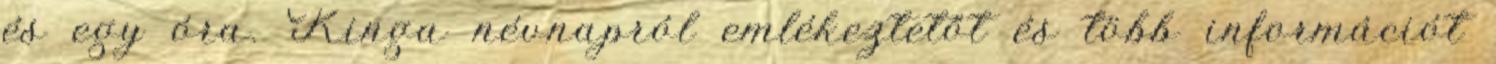
és egy óra. Kinga névnapról emlékeztetőt és több információt